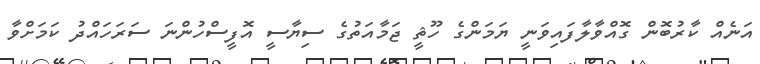
އަނެއް ކާރުބޮން ގޮއްވާލާފައިވަނީ ޔަމަންގެ ހޫޘީ ޖަމާއަތުގެ ސިޔާސީ އޮފީސްހުންނަ ސަރަހައްދު ކަމަށްވާ